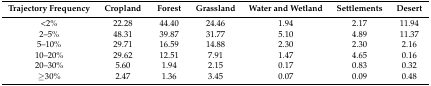
| Trajectory Frequency | Cropland | Forest | Grassland | Water and Wetland | Settlements | Desert |
 | --- | --- | --- | --- | --- | --- | --- |
 | <2% | 22.28 | 44.40 | 24.46 | 1.94 | 2.17 | 11.94 |
 | 2–5% | 48.31 | 39.87 | 31.77 | 5.10 | 4.89 | 11.37 |
 | 5–10% | 29.71 | 16.59 | 14.88 | 2.30 | 2.30 | 2.16 |
 | 10–20% | 29.62 | 12.51 | 7.91 | 1.47 | 4.65 | 0.16 |
 | 20–30% | 5.60 | 1.94 | 2.15 | 0.17 | 0.83 | 0.32 |
 | ≥30% | 2.47 | 1.36 | 3.45 | 0.07 | 0.09 | 0.48 |